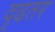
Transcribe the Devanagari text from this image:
दृढतर